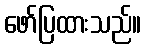
ဖော်ပြထားသည်။